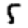
Digit: 5